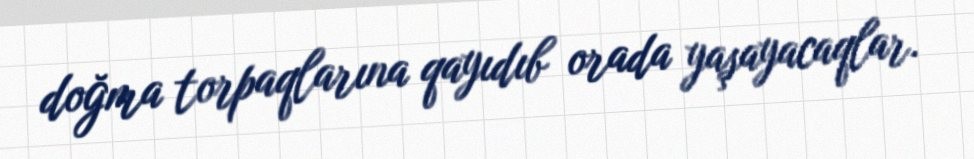
doğma torpaqlarına qayıdıb orada yaşayacaqlar.